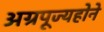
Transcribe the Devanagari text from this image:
अग्रपूज्यहोने